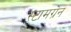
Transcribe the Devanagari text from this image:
स्टामग्रेन